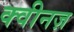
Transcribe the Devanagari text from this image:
क्वीनज़